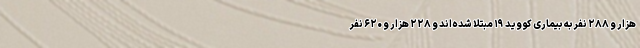
هزار و ۲۸۸ نفر به بیماری کووید ۱۹ مبتلا شده‌اند و ۲۲۸ هزار و ۶۲۰ نفر